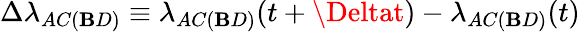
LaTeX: \Delta\lambda_{AC(\mathbf{B}D)}\equiv\lambda_{AC(\mathbf{B}D)}(t+\Deltat)-\lambda_{AC(\mathbf{B}D)}(t)